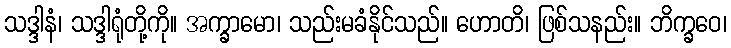
သဒ္ဒါနံ၊ သဒ္ဒါရုံတို့ကို။ အက္ခာမော၊ သည်းမခံနိုင်သည်။ ဟောတိ၊ ဖြစ်သနည်း။ ဘိက္ခဝေ၊